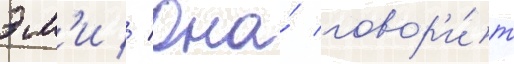
эм'и // Она́ говор'и́т